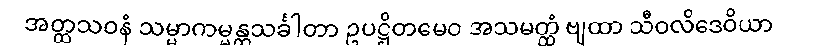
အတ္ထသဝနံ သမ္မာကမ္မန္တသင်္ခါတာ ဥပဋ္ဌိတမေဝ အသမတ္ထံ ဗျထာ သီဝလိဒေဝိယာ